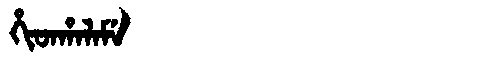
Manchu: ᡥᡳᡨᡥᠠᠯᠠᠮᡝ
Romanization: HITHALAME